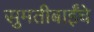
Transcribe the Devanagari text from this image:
सुमतीबाईंचे